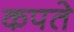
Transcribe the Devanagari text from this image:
कपते